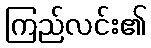
ကြည်လင်း၏